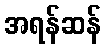
အရန်ဆန်